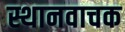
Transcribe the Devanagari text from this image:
स्थानवाचक